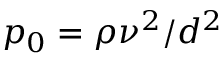
p _ { 0 } = \rho \nu ^ { 2 } / d ^ { 2 }